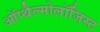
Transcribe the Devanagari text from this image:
ऑप्थैल्मोलॉजिस्ट